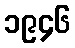
၁၉၄၆